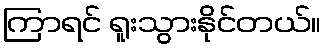
ကြာရင် ရူးသွားနိုင်တယ်။